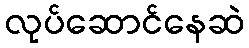
လုပ်ဆောင်နေဆဲ